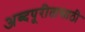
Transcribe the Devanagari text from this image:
अब्दपूरीतासाठी